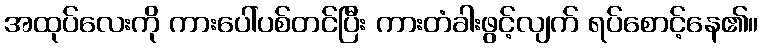
အထုပ်လေးကို ကားပေါ်ပစ်တင်ပြီး ကားတံခါးဖွင့်လျက် ရပ်စောင့်နေ၏။